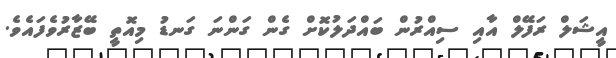
އީޝަލް ރަފޭލް އާއި ސިއްރުން ބައްދަލުކޮށް ގެން ގަންނަ ގަނޑު މިއޮތީ ބޭޒާރުވެފައެވެ.